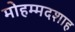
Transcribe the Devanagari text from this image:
मोहम्मदशाह